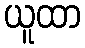
ယူထာ